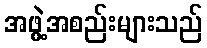
အဖွဲ့အစည်းများသည်